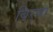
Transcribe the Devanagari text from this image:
बिर्‍या